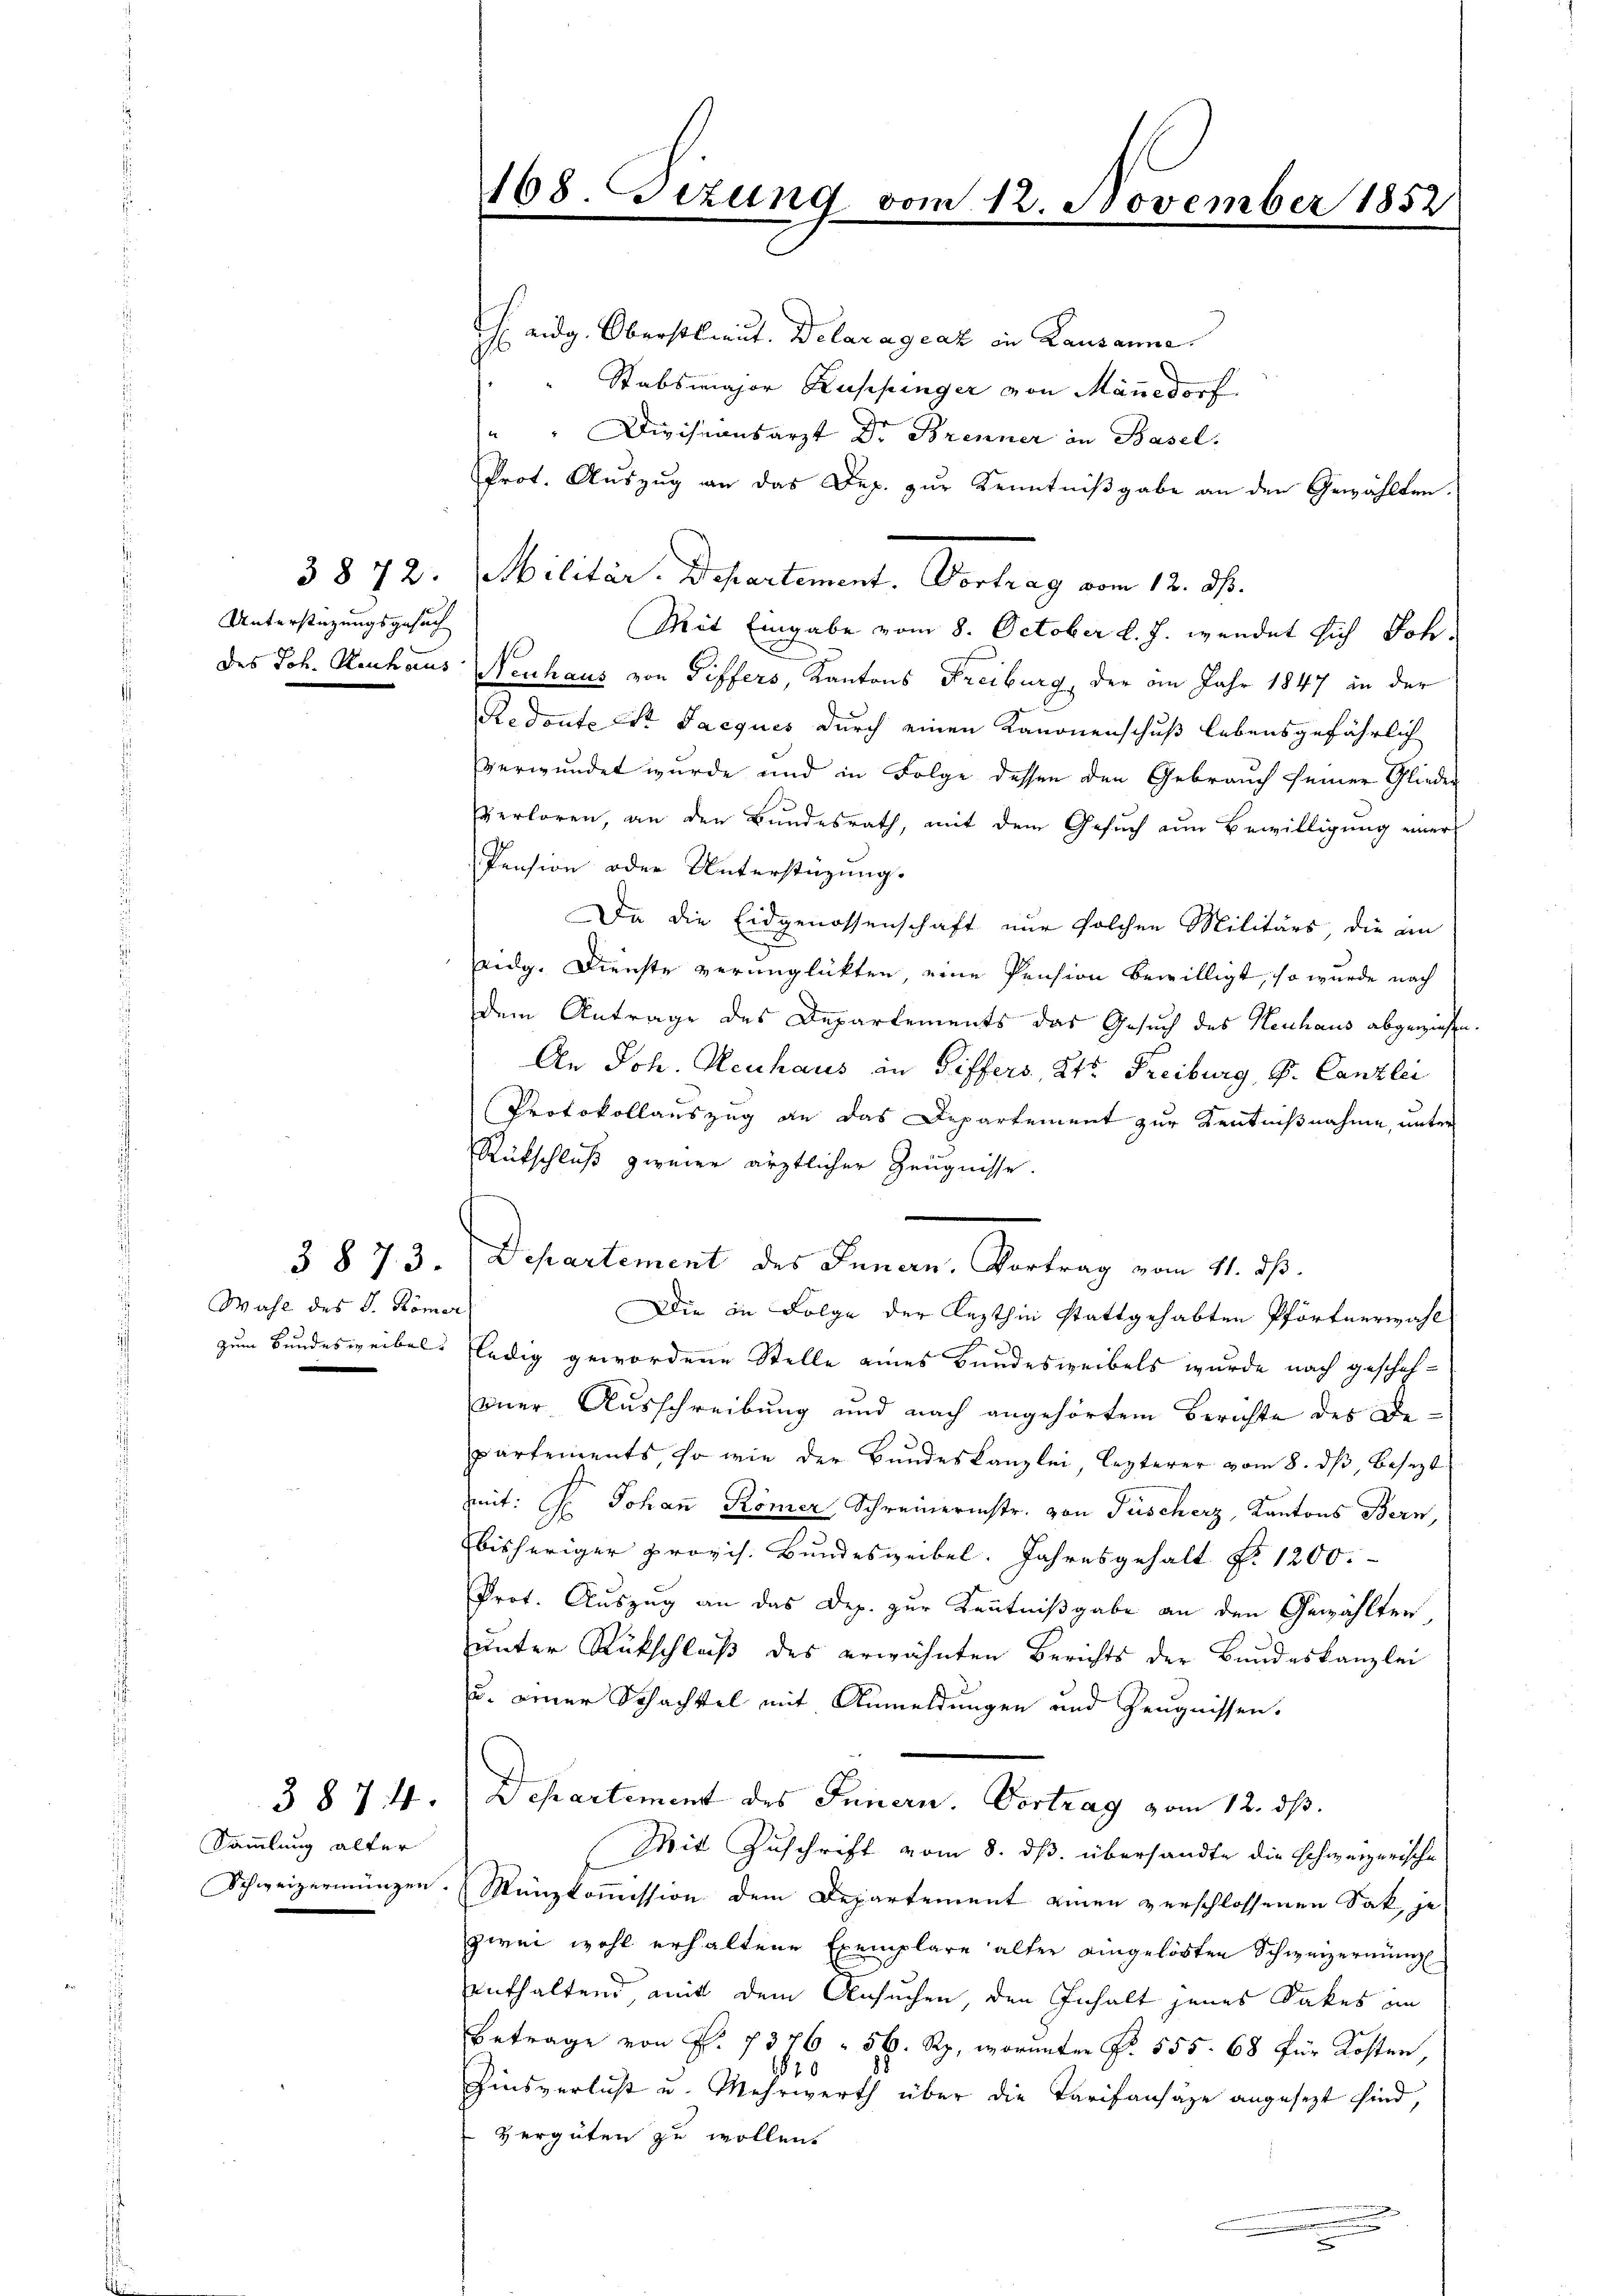
Unterstüzungsgesuch

3 § 73.
Wahl des J. Römer

Sammlung alter
Schweizermungen

168. Sizung vom 12. November 1852

J. eidg. Oberstlieut. Delaragraz in Lausanne
Stabsmajor Kuppinger von Mänedorf
" " Divisionsarzt Dr. Brenner in Basel.
Prot. Auszug an das Dep. zur Kenntnißgabe an den Gewählten.
3872. Militär. Departement. Vortrag vom 12. ds.
Mit Eingabe vom 8. October l. J. wendet sich Joh.
des Joh. Stenhaus Neuhaus von Differs, Kantons Freiburg, der im Jahr 1847 in der
Redoute Dr. Jacques durch einen Kanonenschuß lebensgefährlich
verwundet wurde und in Folge dessen den Gebrauch seiner Glieder
verloren, an den Bundesrath, mit dem Gesuch zum Bewilligung einer
Pension oder Unterstüzung.
Da die Eidgenossenschaft nur solchen Militärs, die an
eidg. Dienste verunglückten, eine Pension bewilligt, so wurde nach
dem Antrage des Departements das Gesuch des Heuhaus abgewiesen.
An Joh. Heuhaus in Differs, Kts. Freiburg, S. Canzlei
Protokollauszug an das Departement zur Kenntnißnahme, unter
Rütschluß zweier ärztlicher Zeugnisse.
Departement des Innern, Vortrag vom 11. ds.
Die in Folge der Lezthin stattgehabten Pförtnerwahl
zum Bundesweibels ledig gewordene Stelle eines Bundesweibels wurde nach gescheh-
oner Ausschreibung und nach angehörtem Berichte des Bepartements, so wie der Bundeskanzlei, lezterer vom 8. dβ besezt
mit: H. Johan̄ Römer, Schreinerinstr. von Fischerz, Kantons Bern,
bisheriger provis. Bundesweibel. Jahresgehalt Fr. 1200.
Prot. Auszug an das Dep. zur Kenntnißgabe an den Gewählten
unter Rückschluß des erwähnten Berichts der Bundeskanzlei
u. einer Schachtel mit Anmeldungen und Zeugnissen,
3874. Departement des Innern. Vortrag vom 12. ds.
Mit Zuschrift vom 8. ds. übersandte die schweizerische
Münzkommission dem Departement einen verschlossenen Sak, jezwei wohl erhaltene Exemplare alter eingelösten Schweizernung
enthaltend mit dem Ansuchen, den Inhalt jenes Sakes im
Betrage von P. 7376. 56. Rp., worunter Nr. 555. 68 für Kosten,
620
Zinsverlust u. Mehrwerth über die Tarifansäze angesezt sind,
Vergüten zu wollen.
e